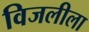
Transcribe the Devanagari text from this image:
विजलीला